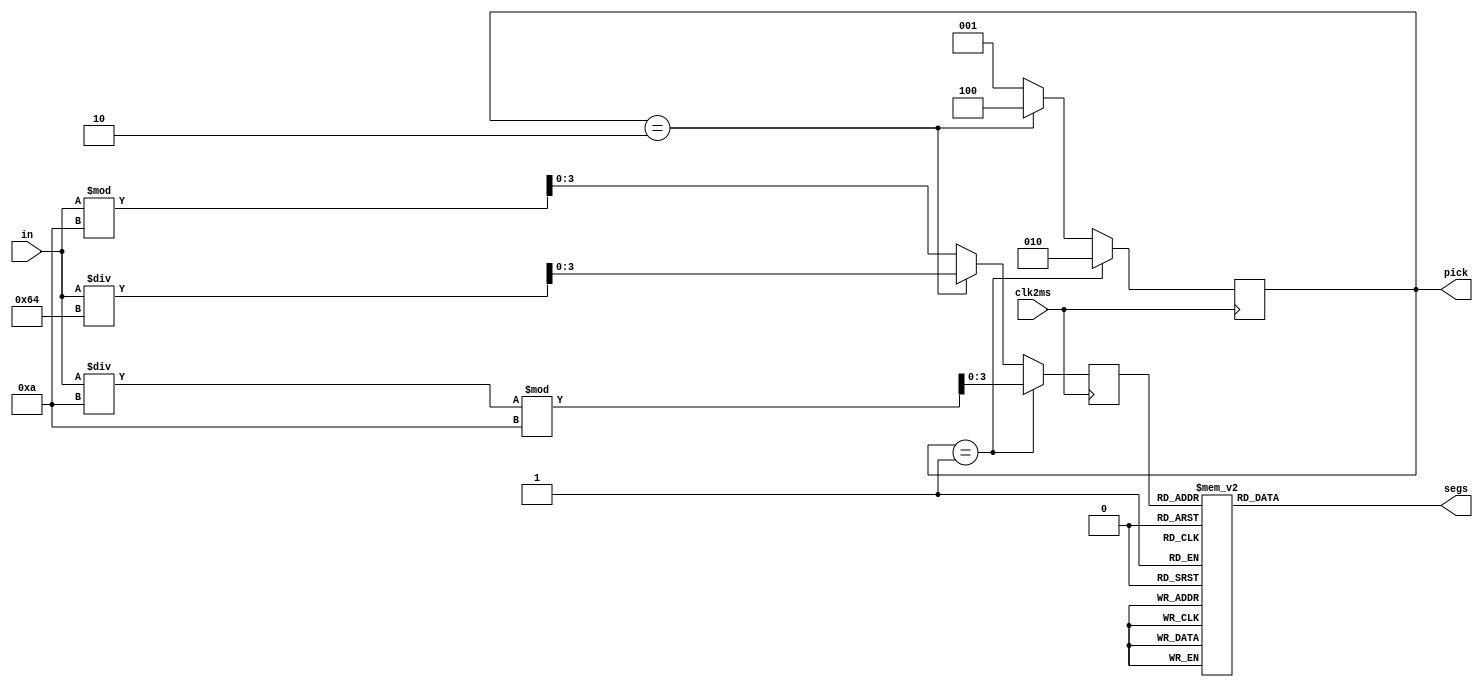
`timescale 1ps / 1ps

module string_display2(
    input [9:0] in,
    input clk2ms,
    output reg [2:0] pick,
    output reg [7:0] segs
    );

    reg [3:0] seg;
    wire [3:0] seg1, seg2, seg3;
    assign seg3 = in % 10;
    assign seg2 = in / 10 % 10;
    assign seg1 = in / 100;
    
    always @(posedge clk2ms) begin
        if (pick == 3'b001) begin
            pick <= 3'b010; seg <= seg2;
        end else if (pick == 3'b010) begin
            pick <= 3'b100; seg <= seg1;
        end else if (pick == 3'b100) begin
            pick <= 3'b001; seg <= seg3;
        end else begin
            pick <= 3'b001; seg <= seg3;
        end
    end
    always @(*) begin
        case (seg)
            4'h0:   segs = 8'b11111100;
            4'h1:   segs = 8'b01100000;
            4'h2:   segs = 8'b11011010;
            4'h3:   segs = 8'b11110010;
            4'h4:   segs = 8'b01100110;
            4'h5:   segs = 8'b10110110;
            4'h6:   segs = 8'b10111110;
            4'h7:   segs = 8'b11100000;
            4'h8:   segs = 8'b11111110;
            4'h9:   segs = 8'b11110110;
            4'hA:   segs = 8'b11101110;
            4'hB:   segs = 8'b00111110;
            4'hC:   segs = 8'b10011100;
            4'hD:   segs = 8'b01111010;
            4'hE:   segs = 8'b10011110;
            4'hF:   segs = 8'b10001110;
            default:segs = 8'b00000010;
        endcase
    end
endmodule

module string_display3(
    input [9:0] in,
    input clk2ms,
    output reg [2:0] pick,
    output reg [7:0] segs
    );

    reg [3:0] seg;
    wire [3:0] seg1, seg2, seg3;
    assign seg3 = in % 10;
    assign seg2 = in / 10 % 10;
    assign seg1 = in / 100;
    
    always @(posedge clk2ms) begin
        if (pick == 3'b001) begin
            pick <= 3'b010; seg <= seg2;
        end else if (pick == 3'b010) begin
            pick <= 3'b100; seg <= seg1;
        end else if (pick == 3'b100) begin
            pick <= 3'b001; seg <= seg3;
        end else begin
            pick <= 3'b001; seg <= seg3;
        end
    end
    always @(*) begin
        case (seg)
            4'h0:   segs[7:1] = 7'b1111110;
            4'h1:   segs[7:1] = 7'b0110000;
            4'h2:   segs[7:1] = 7'b1101101;
            4'h3:   segs[7:1] = 7'b1111001;
            4'h4:   segs[7:1] = 7'b0110011;
            4'h5:   segs[7:1] = 7'b1011011;
            4'h6:   segs[7:1] = 7'b1011111;
            4'h7:   segs[7:1] = 7'b1110000;
            4'h8:   segs[7:1] = 7'b1111111;
            4'h9:   segs[7:1] = 7'b1111011;
            4'hA:   segs[7:1] = 7'b1110111;
            4'hB:   segs[7:1] = 7'b0011111;
            4'hC:   segs[7:1] = 7'b1001110;
            4'hD:   segs[7:1] = 7'b0111101;
            4'hE:   segs[7:1] = 7'b1001111;
            4'hF:   segs[7:1] = 7'b1000111;
            default:segs[7:1] = 7'b0000001;
        endcase
        if (pick == 3'b001) begin
            segs[0] = 1'b0;
        end else if (pick == 3'b010) begin
            segs[0] = 1'b1;
        end else if (pick == 3'b100) begin
            segs[0] = 1'b0;
        end else begin
            segs[0] = 1'b0;
        end
    end
endmodule